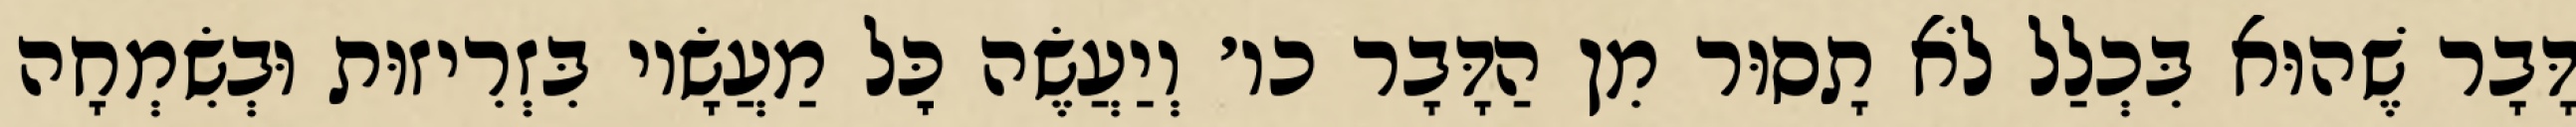
דָּבָר שֶׁהוּא בִּכְלַל לֹא תָסוּר מִן הַדָּבָר כו׳ וְיַעֲשֶׂה כׇּל מַעֲשָׂיו בִּזְרִיזוּת וּבְשִׂמְחָה